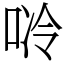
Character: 唥